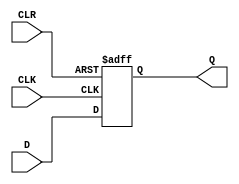
module d_flip_flop_async_clear (
    input wire D,
    input wire CLK,
    input wire CLR,
    output reg Q
);

always @(posedge CLK or posedge CLR) begin
    if (CLR) begin
        Q <= 1'b0;
    end else begin
        Q <= D;
    end
end

endmodule